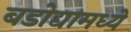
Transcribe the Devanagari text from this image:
बडोद्यामध्ये